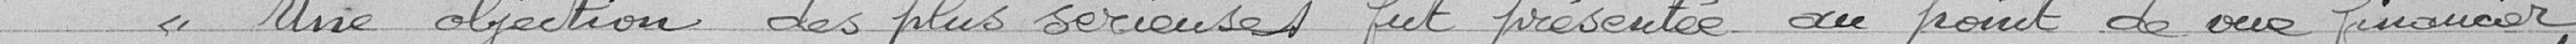
« Une objection des plus sérieuses fut présentée au point de vue financier,